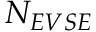
N _ { E V S E }